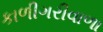
કાળીગરીવાળા